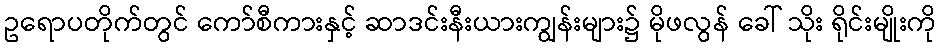
ဥရောပတိုက်တွင် ကော်စီကားနှင့် ဆာဒင်းနီးယားကျွန်းများ၌ မိုဖလွန် ခေါ် သိုး ရိုင်းမျိုးကို